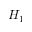
H _ { 1 }